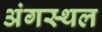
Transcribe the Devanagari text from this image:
अंगस्थल